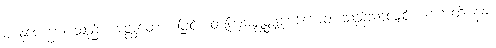
ဈာနုပေက္ခာ၊ သည်။ အတ္ထတော၊ ဖြင့်။ တတြမဇ္ဈတ္တုပေက္ခောဝ၊ သည်သာလျှင်။ ဟောတိ နနု၊